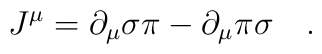
J^{\mu}=\partial_{\mu}\sigma\pi-\partial_{\mu}\pi\sigma \quad.